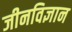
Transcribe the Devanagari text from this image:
जीनविज्ञान